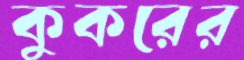
কুকরের